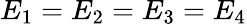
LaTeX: E_{1}=E_{2}=E_{3}=E_{4}